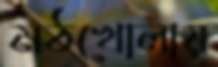
মঠখোলায়